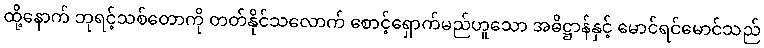
ထို့နောက် ဘုရင့်သစ်တောကို တတ်နိုင်သလောက် စောင့်ရှောက်မည်ဟူသော အဓိဋ္ဌာန်နှင့် မောင်ရင်မောင်သည်